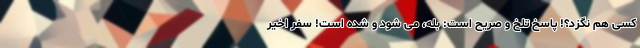
کسی هم نگزد؟! پاسخ تلخ و صریح است: بله، می شود و شده است! سفر اخیر